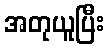
အတုယူပြီး